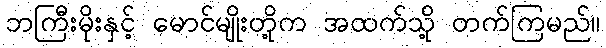
ဘကြီးမိုးနှင့် မောင်မျိုးတို့က အထက်သို့ တက်ကြမည်။